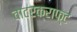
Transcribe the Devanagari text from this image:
वाटरक्राफ्ट